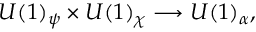
U ( 1 ) _ { \psi } \times U ( 1 ) _ { \chi } \longrightarrow U ( 1 ) _ { \alpha } ,